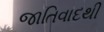
જાતિવાદથી